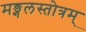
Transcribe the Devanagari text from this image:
मङ्गलस्तोत्रम्